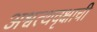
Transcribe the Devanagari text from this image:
अश्वत्थवृक्षाची